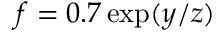
f = 0 . 7 \exp ( y / z )